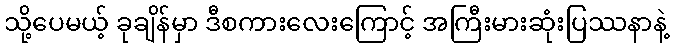
သို့ပေမယ့် ခုချိန်မှာ ဒီစကားလေးကြောင့် အကြီးမားဆုံးပြဿနာနဲ့